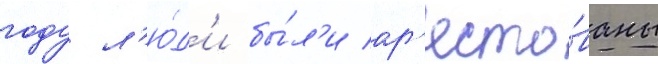
году л'ю́д'и бы́л'и ар'есто́ваны